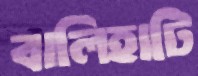
বালিহাটি